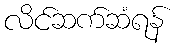
လိင်ဆက်ဆံရန်